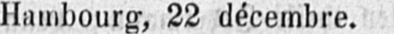
Hambourg, 22 décembre.